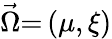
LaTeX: \vec{\Omega}\mathrm{=}\left(\mu,\xi\right)